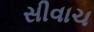
સીવાચ